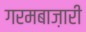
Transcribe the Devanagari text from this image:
गरमबाज़ारी